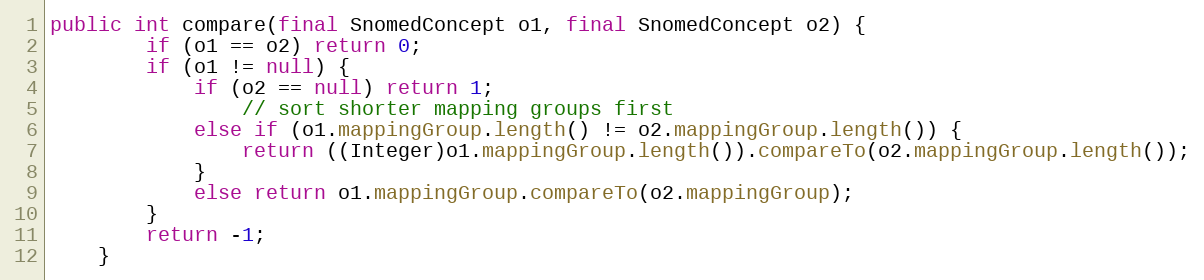
Language: Java
public int compare(final SnomedConcept o1, final SnomedConcept o2) {
        if (o1 == o2) return 0;
        if (o1 != null) {
            if (o2 == null) return 1;
                // sort shorter mapping groups first
            else if (o1.mappingGroup.length() != o2.mappingGroup.length()) {
                return ((Integer)o1.mappingGroup.length()).compareTo(o2.mappingGroup.length());
            }
            else return o1.mappingGroup.compareTo(o2.mappingGroup);
        }
        return -1;
    }